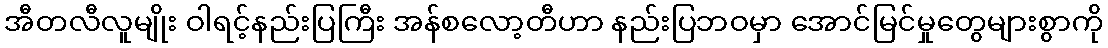
အီတလီလူမျိုး ဝါရင့်နည်းပြကြီး အန်စလော့တီဟာ နည်းပြဘဝမှာ အောင်မြင်မှုတွေများစွာကို